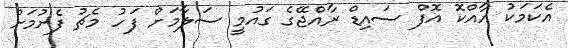
އެކަމަކު އާއްކޮ އޮފް ސައިޑް ރާއްޖޭގެ ގައުމީ ސަލާމަށް ފަހު މެޗު ފެށުމަށް